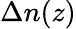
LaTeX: \Delta n(z)